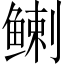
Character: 𬶟